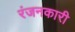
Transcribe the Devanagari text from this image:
रंजनकारी